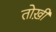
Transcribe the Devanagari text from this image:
तोख़ी